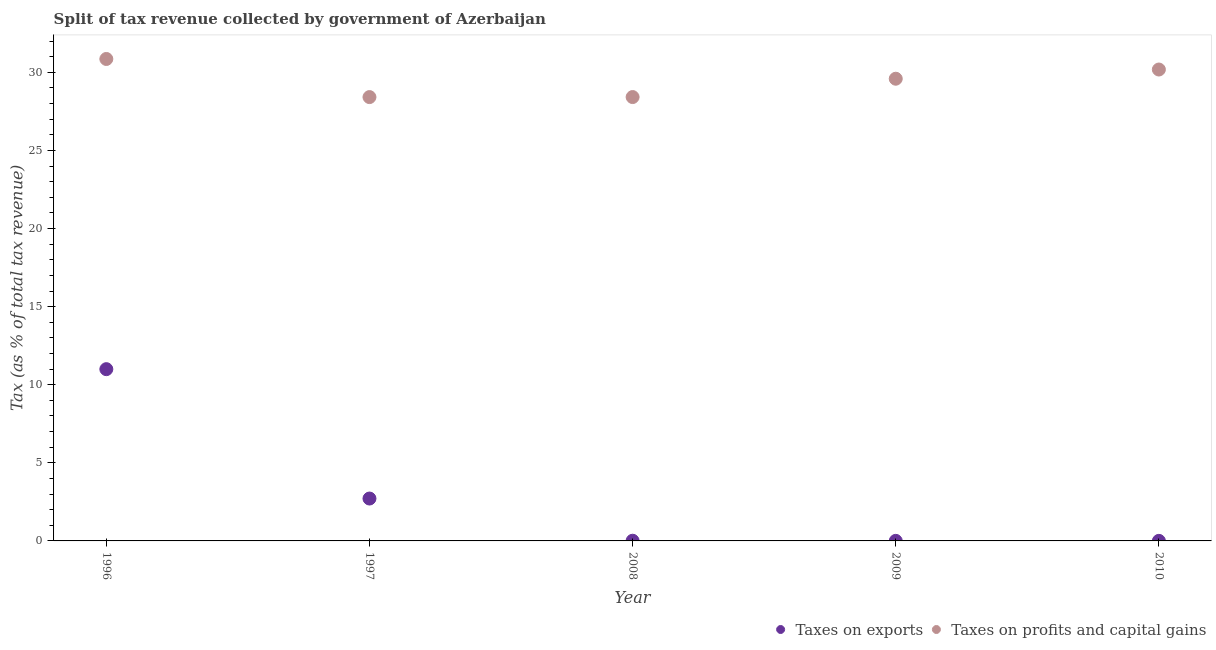
| Year | Taxes on exports | Taxes on profits and capital gains |
 | --- | --- | --- |
 | 1996 | 11 | 30.9 |
 | 1997 | 2.71 | 28.4 |
 | 2008 | 0.0121 | 28.4 |
 | 2009 | 0.00398 | 29.6 |
 | 2010 | 0.00387 | 30.2 |